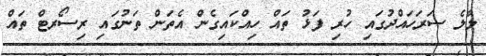
މާލެ ސަރަހައްދުގައި ހުރި ފަޅު ތައް ހިއްކައިގެން އެތަން ތަނުގައި ރިސޯރޓް ތައް